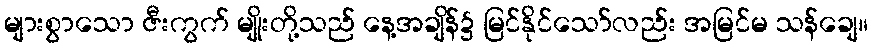
များစွာသော ဇီးကွက် မျိုးတို့သည် နေ့အချိန်၌ မြင်နိုင်သော်လည်း အမြင်မ သန်ချေ။